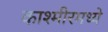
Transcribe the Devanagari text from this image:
काश्‍मीरमध्ये